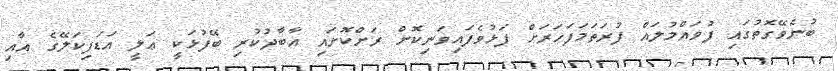
ބުނެވޭގޮތުގައި ފުވައްމުލައް ފުރަތަމަފަހަރަށް ފަޅުވެފައިވަނިކޮށް ރަށްކޮށައި އާބާދުކުރި ބޭފުޅަކީ ޢަލީ އަޑަފިކަލޭގެ އާއި